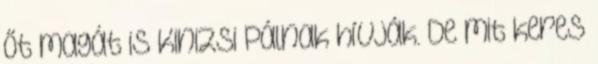
őt magát is Kinizsi Pálnak hívják. De mit keres